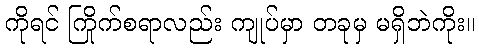
ကိုရင် ကြိုက်စရာလည်း ကျုပ်မှာ တခုမှ မရှိဘဲကိုး။